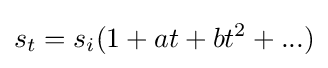
s_{t}=s_{i}(1+at+bt^{2}+...)